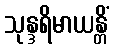
သုန္ဒရိမာယန္တိံ